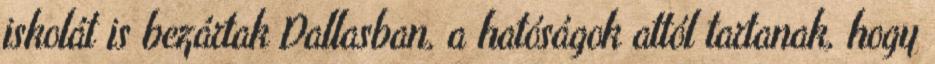
iskolát is bezártak Dallasban, a hatóságok attól tartanak, hogy